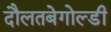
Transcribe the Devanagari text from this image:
दौलतबेगोल्डी